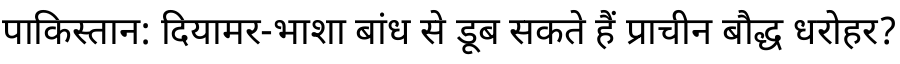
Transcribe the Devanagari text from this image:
पाकिस्तान: दियामर-भाशा बांध से डूब सकते हैं प्राचीन बौद्ध धरोहर?